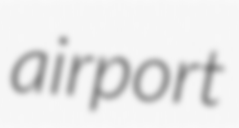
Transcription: airport